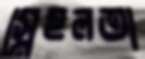
স্নেহলতা